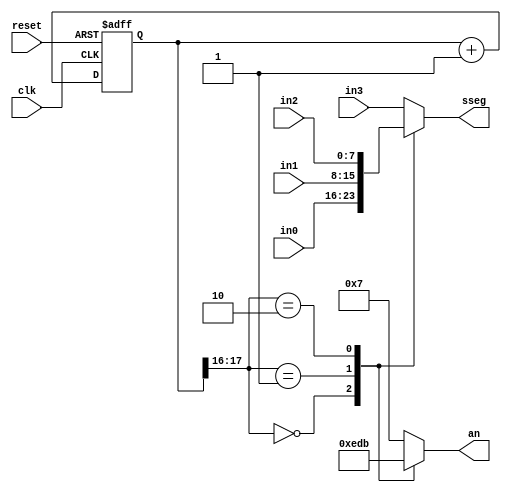
// Listing 4.13
module disp_mux
   (
    input wire clk, reset,
    input [7:0] in3, in2, in1, in0,
    output reg [3:0] an,   // enable, 1-out-of-4 asserted low
    output reg [7:0] sseg  // led segments
   );

   // constant declaration
   // refreshing rate around 800 Hz (50 MHz/2^16)
   localparam N = 18;

   // signal declaration
   reg [N-1:0] q_reg;
   wire [N-1:0] q_next;

   // N-bit counter
   // register
   always @(posedge clk,  posedge reset)
      if (reset)
         q_reg <= 0;
      else
         q_reg <= q_next;

   // next-state logic
   assign q_next = q_reg + 1;

   // 2 MSBs of counter to control 4-to-1 multiplexing
   // and to generate active-low enable signal
   always @*
      case (q_reg[N-1:N-2])
         2'b00:
            begin
               an = 4'b1110;
               sseg = in0;
            end
         2'b01:
            begin
               an =  4'b1101;
               sseg = in1;
            end
         2'b10:
            begin
               an =  4'b1011;
               sseg = in2;
            end
         default:
            begin
               an =  4'b0111;
               sseg = in3;
            end
       endcase

endmodule